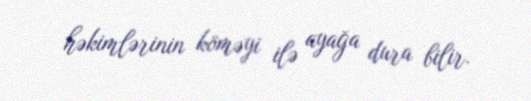
həkimlərinin köməyi ilə ayağa dura bilir.